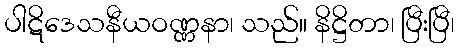
ပါဋိဒေသနီယဝဏ္ဏနာ၊ သည်။ နိဋ္ဌိတာ၊ ပြီးပြီ၊